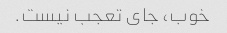
خوب، جای تعجب نیست.